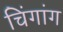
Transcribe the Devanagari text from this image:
चिंगांग